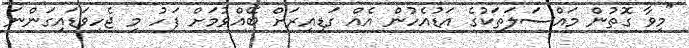
"މިވާ ގޮތުން މައްސަލަތަކުގެ އަޑުއެހުން އެއް ގަޑިއިރަށް ބޭއްވުމަށް ފަހު މި ޖެހިވަޑައިގަންނަ